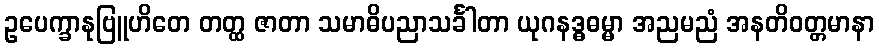
ဥပေက္ခာနုဗြူဟိတေ တတ္ထ ဇာတာ သမာဓိပညာသင်္ခါတာ ယုဂနဒ္ဓဓမ္မာ အညမညံ အနတိဝတ္တမာနာ